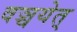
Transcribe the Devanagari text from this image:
वञ्चयेत्